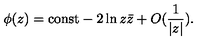
\phi ( z ) = \mathrm { c o n s t } - 2 \ln z \bar { z } + O ( \frac { 1 } { | z | } ) .